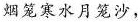
烟笼寒水月笼沙，